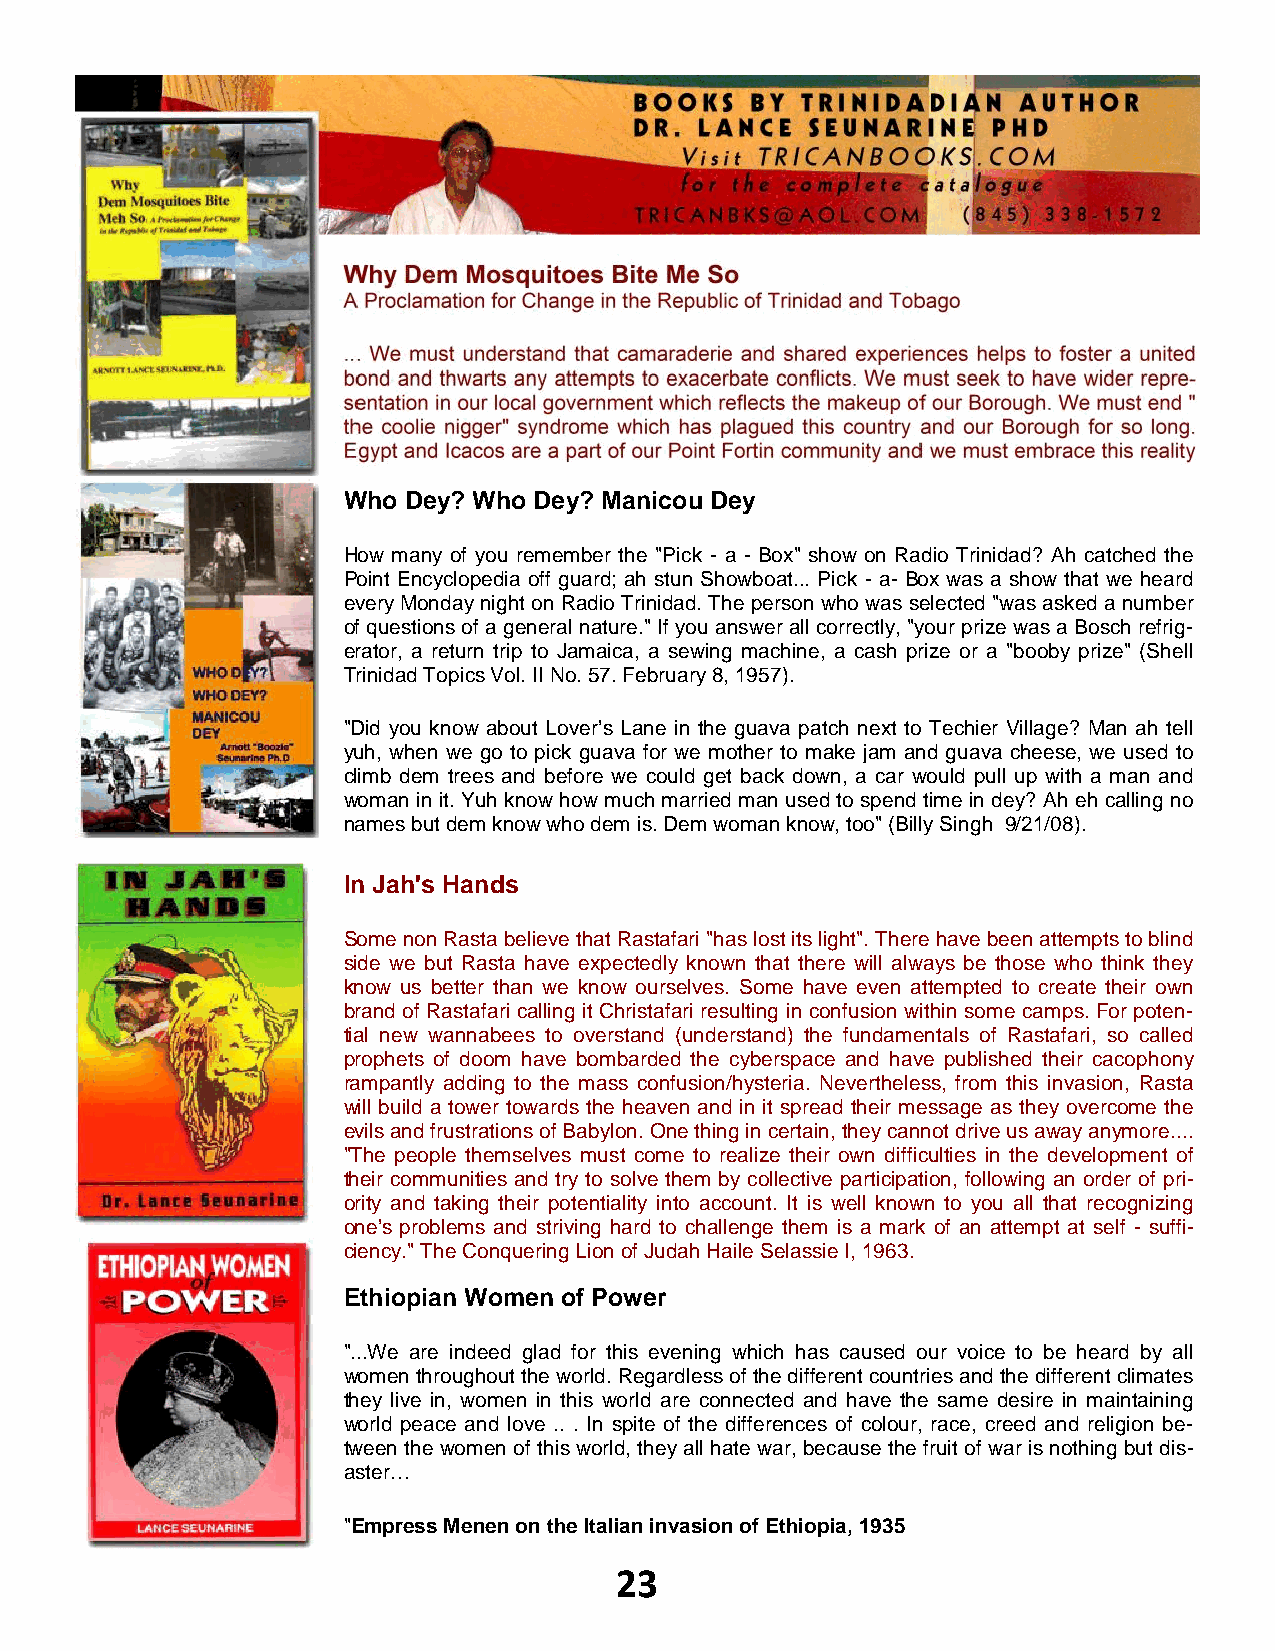
Why Dem Mosquitoes Bite Me So
 A Proclamation for Change in the Republic of Trinidad and Tobago
 ... We must understand that camaraderie and shared experiences helps to foster a united
 bond and thwarts any attempts to exacerbate conflicts. We must seek to have wider repre-
 sentation in our local government which reflects the makeup of our Borough. We must end "
 the coolie nigger" syndrome which has plagued this country and our Borough for so long.
 Egypt and Icacos are a part of our Point Fortin community and we must embrace this reality
 Who Dey? Who Dey? Manicou Dey
 How many of you remember the "Pick - a - Box" show on Radio Trinidad? Ah catched the
 Point Encyclopedia off guard; ah stun Showboat... Pick - a- Box was a show that we heard
 every Monday night on Radio Trinidad. The person who was selected "was asked a number
 of questions of a general nature." If you answer all correctly, "your prize was a Bosch refrig-
 erator, a return trip to Jamaica, a sewing machine, a cash prize or a "booby prize" (Shell
 Trinidad Topics Vol. II No. 57. February 8, 1957).
 "Did you know about Lover’s Lane in the guava patch next to Techier Village? Man ah tell
 yuh, when we go to pick guava for we mother to make jam and guava cheese, we used to
 climb dem trees and before we could get back down, a car would pull up with a man and
 woman in it. Yuh know how much married man used to spend time in dey? Ah eh calling no
 names but dem know who dem is. Dem woman know, too" (Billy Singh 9/21/08).
 In Jah's Hands
 Some non Rasta believe that Rastafari "has lost its light". There have been attempts to blind
 side we but Rasta have expectedly known that there will always be those who think they
 know us better than we know ourselves. Some have even attempted to create their own
 brand of Rastafari calling it Christafari resulting in confusion within some camps. For poten-
 tial new wannabees to overstand (understand) the fundamentals of Rastafari, so called
 prophets of doom have bombarded the cyberspace and have published their cacophony
 rampantly adding to the mass confusion/hysteria. Nevertheless, from this invasion, Rasta
 will build a tower towards the heaven and in it spread their message as they overcome the
 evils and frustrations of Babylon. One thing in certain, they cannot drive us away anymore....
 "The people themselves must come to realize their own difficulties in the development of
 their communities and try to solve them by collective participation, following an order of pri-
 ority and taking their potentiality into account. It is well known to you all that recognizing
 one's problems and striving hard to challenge them is a mark of an attempt at self - suffi-
 ciency." The Conquering Lion of Judah Haile Selassie I, 1963.
 Ethiopian Women of Power
 "...We are indeed glad for this evening which has caused our voice to be heard by all
 women throughout the world. Regardless of the different countries and the different climates
 they live in, women in this world are connected and have the same desire in maintaining
 world peace and love .. . In spite of the differences of colour, race, creed and religion be-
 tween the women of this world, they all hate war, because the fruit of war is nothing but dis-
 aster…
 "Empress Menen on the Italian invasion of Ethiopia, 1935
 23